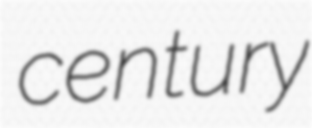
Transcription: century